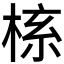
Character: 𬃎